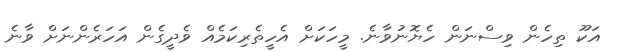
އަކޫ ތިހެން ވިސްނަން ހެޔޮނުވާނެ. މީހަކަށް އެހީތެރިކަމެއް ވެދީގެން އަހަރެންނަށް ވާނެ